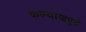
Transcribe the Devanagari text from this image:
कल्याणपुढे